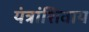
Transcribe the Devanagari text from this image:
यंत्रांशिवाय